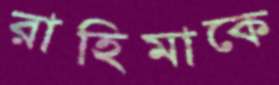
রাহিমাকে